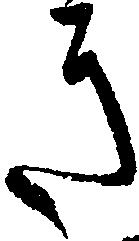
き